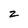
Character: z